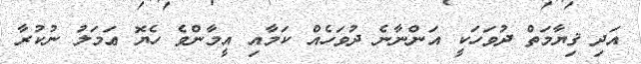
އަދި ޤިޔާމަތް ދުވަހަކީ އަންނާނެ ދުވަހެއް ކަމާއި އީމާންވެ ހެޔޮ ޢަމަލު ނުކުރާ